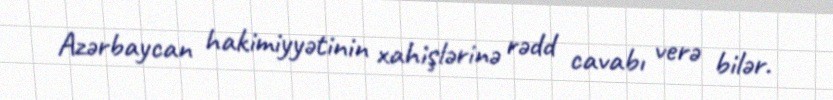
Azərbaycan hakimiyyətinin xahişlərinə rədd cavabı verə bilər.